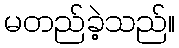
မတည်ခဲ့သည်။